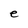
Character: e